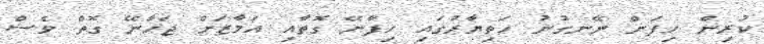
ކުރިން ހިފަން ނޭނގުނު ހަތިޔާރުގައި ހިފާނޭ ގޮތާއި އަމާޒަށް ޖަހާނޭ ގޮތް ވެސް